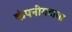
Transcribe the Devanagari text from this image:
कंपनीगटाचा